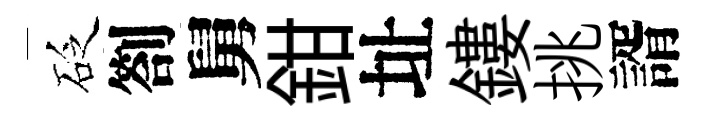
砭劄舅鉗址鏤挑諝